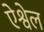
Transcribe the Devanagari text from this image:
ऐश्वेल